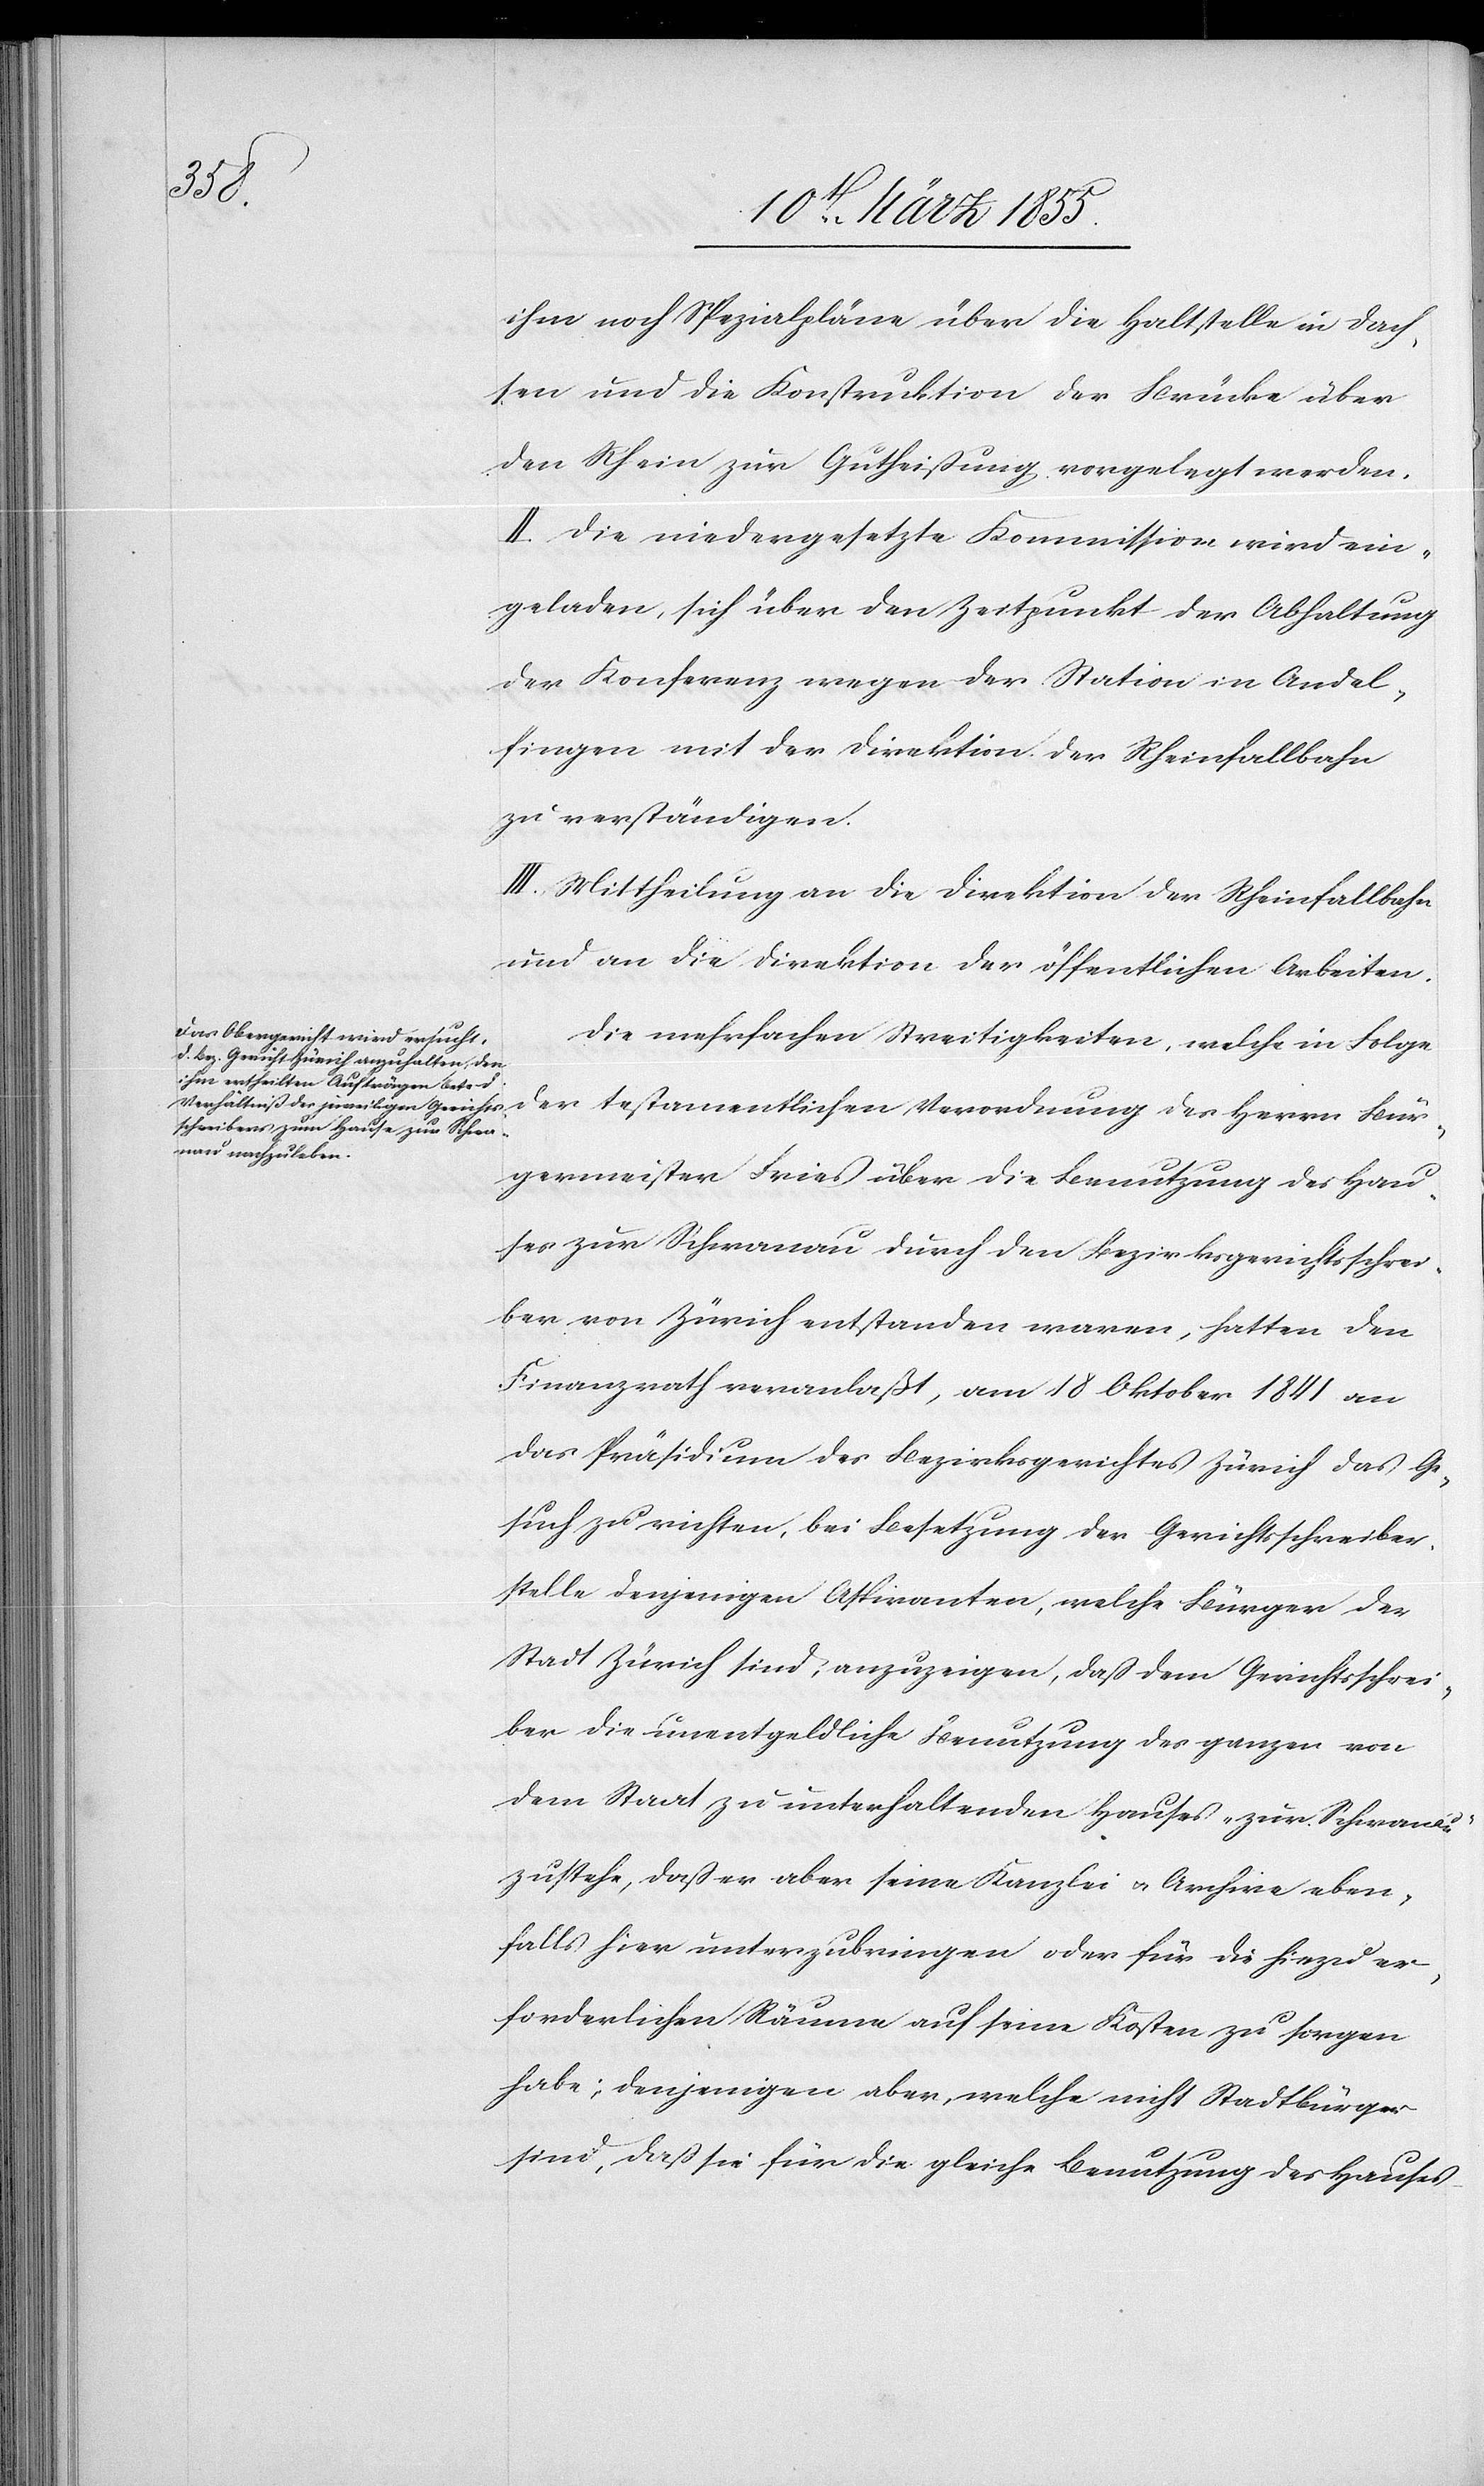
Bür¬

ihm noch Spezialpläne über die Haltstelle in Dach¬
sen und die Konstruktion der Brücke über
den Rhein zur Gutheißung vorgelegt werden.
II. Die niedergesetzte Kommission wird ein¬
geladen, sich über den Zeitpunkt der Abhaltung
der Konferenz wegen der Station in Andel¬
fingen mit der Direktion der Rheinfallbahn
zu verständigen.
III. Mittheilung an die Direktion der Rheinfallbahn
und an die Direktion der öffentlichen Arbeiten.
Die mehrfachen Streitigkeiten, welche in Folge
germeister Fries über die Benutzung des Hau¬
ses zur Schwanau durch den Bezirksgerichtsschrei¬
ber von Zürich entstanden waren, hatten den
Finanzrath veranlaßt, am 18 Oktober 1841 an
das Präsidium des Bezirksgerichtes Zürich das Ge¬
such zu richten, bei Besetzung der Gerichtsschreiber¬
stelle denjenigen Aspiranten, welche Bürger der
Stadt Zürich sind, anzuzeigen, daß dem Gerichtsschrei¬
ber die unentgeldliche Benutzung des ganzen von
dem Staat zu unterhaltenden Hauses „zur Schwanau“
zustehe, daß er aber seine Kanzlei & Archive eben¬
falls hier unterzubringen oder für die hiezu er¬
forderlichen Räume auf seine Kosten zu sorgen
habe; denjenigen aber, welche nicht Stadtbürger
sind, daß sie für die gleiche Benutzung des Hauses